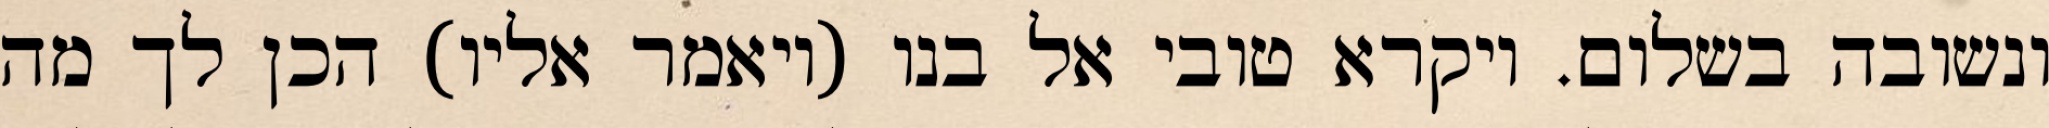
ונשובה בשלום. ויקרא טובי אל בנו (ויאמר אליו) הכן לך מה